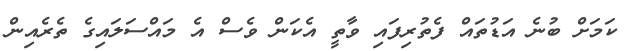
ކަމަށް ބުނެ އަޑުތައް ފެތުރިފައި ވާތީ އެކަން ވެސް އެ މައްސަަލައިގެ ތެރެއިން